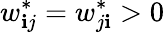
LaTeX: w_{\mathbf{i}j}^{*}=w_{j\mathbf{i}}^{*}>0